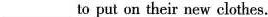
___ to put on their new clothes.